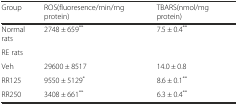
<table><thead><tr><td><b>Group</b></td><td><b>ROS(fluoresence/min/mg protein)</b></td><td><b>TBARS(nmol/mg protein)</b></td></tr></thead><tbody><tr><td>Normal rats</td><td>2748 ± 659<sup>**</sup></td><td>7.5 ± 0.4<sup>**</sup></td></tr><tr><td colspan="3">RE rats</td></tr><tr><td>Veh</td><td>29600 ± 8517</td><td>14.0 ± 0.8</td></tr><tr><td>RR125</td><td>9550 ± 5129<sup>*</sup></td><td>8.6 ± 0.1<sup>**</sup></td></tr><tr><td>RR250</td><td>3408 ± 661<sup>**</sup></td><td>6.3 ± 0.4<sup>**</sup></td></tr></tbody></table>